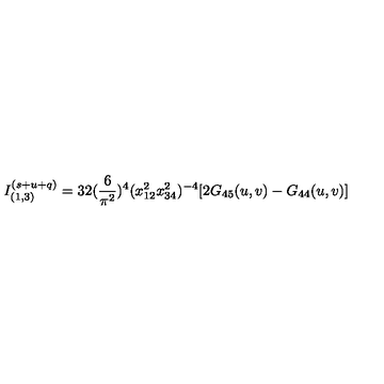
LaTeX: I _ { ( 1 , 3 ) } ^ { ( s + u + q ) } = 3 2 ( \frac { 6 } { \pi ^ { 2 } } ) ^ { 4 } ( x _ { 1 2 } ^ { 2 } x _ { 3 4 } ^ { 2 } ) ^ { - 4 } [ 2 G _ { 4 5 } ( u , v ) - G _ { 4 4 } ( u , v ) ]